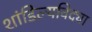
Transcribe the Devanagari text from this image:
शांडिल्यविद्या